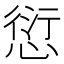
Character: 愆